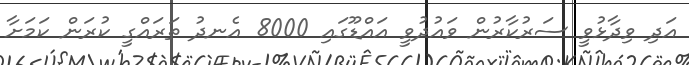
އަދި ވިދާޅުވީ ސަރުކާރުން ވައުދުވީ އައްޑޫގައި 8000 އެނދު ތަރައްގީ ކުރަން ކަމަށާ